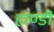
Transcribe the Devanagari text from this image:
हाण्डी